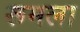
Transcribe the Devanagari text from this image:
रूमला